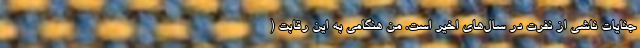
جنایات ناشی از نفرت در سال‌های اخیر است. من هنگامی به این رقابت (